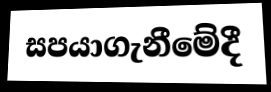
සපයාගැනීමේදී